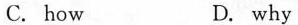
C. how D. why